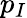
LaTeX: p_{I}